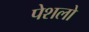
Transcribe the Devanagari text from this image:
पेशलो